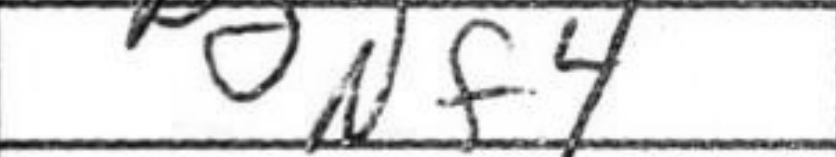
Transcription: Nf4